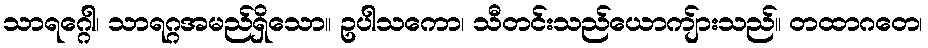
သာရဂ္ဂေါ၊ သာရဂ္ဂအမည်ရှိသော။ ဥပါသကော၊ သီတင်းသည်ယောကျ်ားသည်။ တထာဂတေ၊